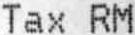
TAX RM